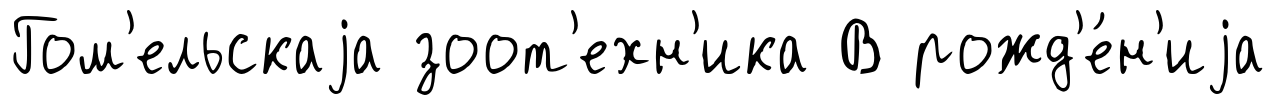
Гом'ельскаjа зоот'ехн'ика В рожд'е́н'иjа